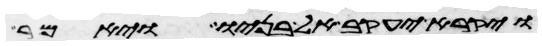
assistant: ויקרא יעקב אל בניו ויאמר